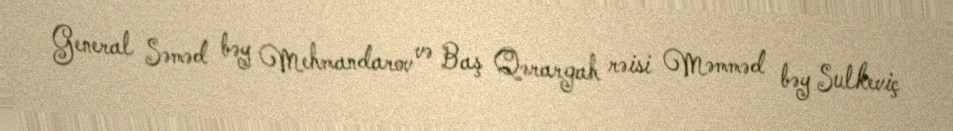
General Səməd bəy Mehmandarov və Baş Qərargah rəisi Məmməd bəy Sulkeviç